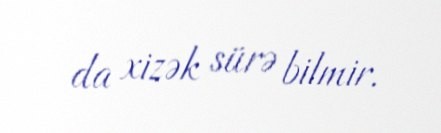
da xizək sürə bilmir.